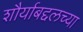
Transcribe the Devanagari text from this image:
शौर्याबद्दलच्या